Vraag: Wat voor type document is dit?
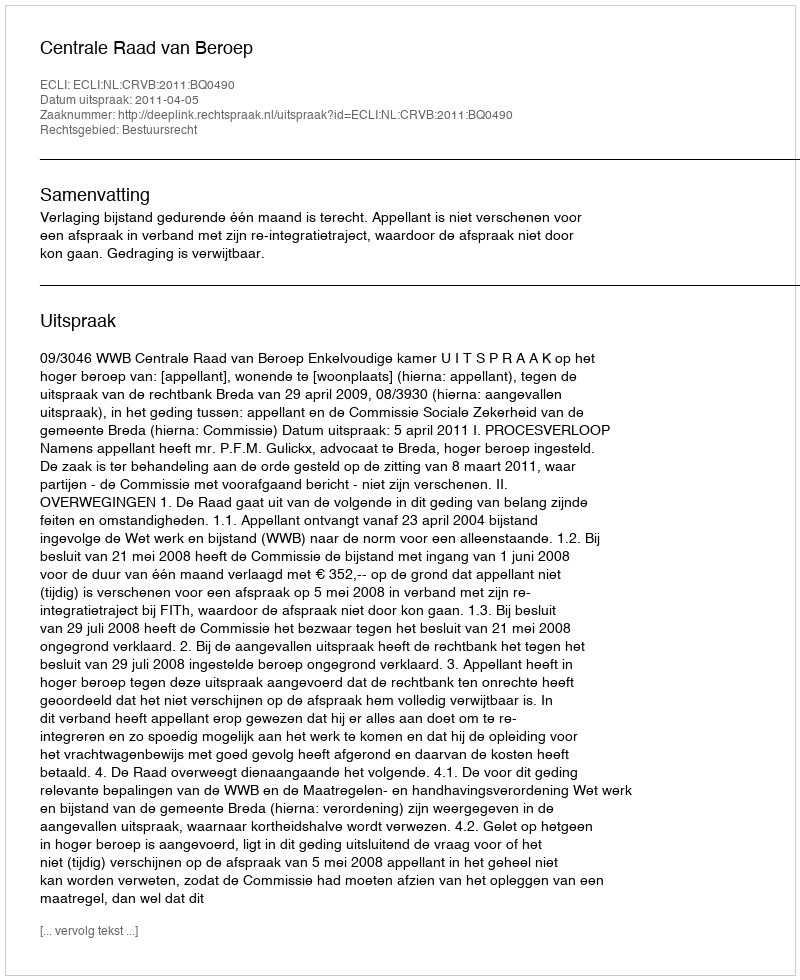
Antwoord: Uitspraak